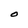
Character: O